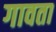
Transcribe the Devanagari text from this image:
गावता